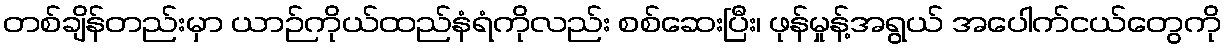
တစ်ချိန်တည်းမှာ ယာဉ်ကိုယ်ထည်နံရံကိုလည်း စစ်ဆေးပြီး၊ ဖုန်မှုန့်အရွယ် အပေါက်ငယ်တွေကို